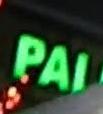
pal